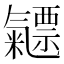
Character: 𣱯